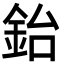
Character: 鈶